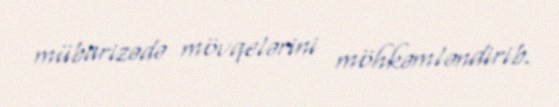
mübarizədə mövqelərini möhkəmləndirib.